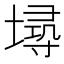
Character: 𡏷